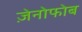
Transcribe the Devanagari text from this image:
ज़ेनोफोब